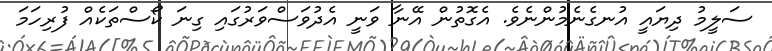
ސަލީމު ދިޔައީ އުނގެނެމުންނެވެ. އެގޮތުން އޭނާ ވަނީ އެދުވަސްވަރުގައި ގިނަ ކޯސްތަކެއް ފުރިހަމަ